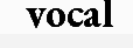
vocal